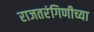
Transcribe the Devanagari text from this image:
राजतरंगिणीच्या